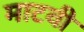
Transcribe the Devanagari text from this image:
माटवी